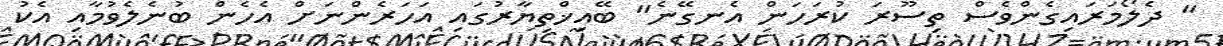
" ދެލޯމަރައިގެންވެސް ތިސޫރަ ކުރަހަން އެނގޭނެ" ބޭއިޚްތިޔާރުގައި އަހަރެންނަށް އެހެން ބުނެލެވުމާއި އެކު